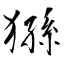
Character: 猻